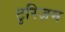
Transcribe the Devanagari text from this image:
टुरिज़म